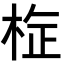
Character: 𭪉